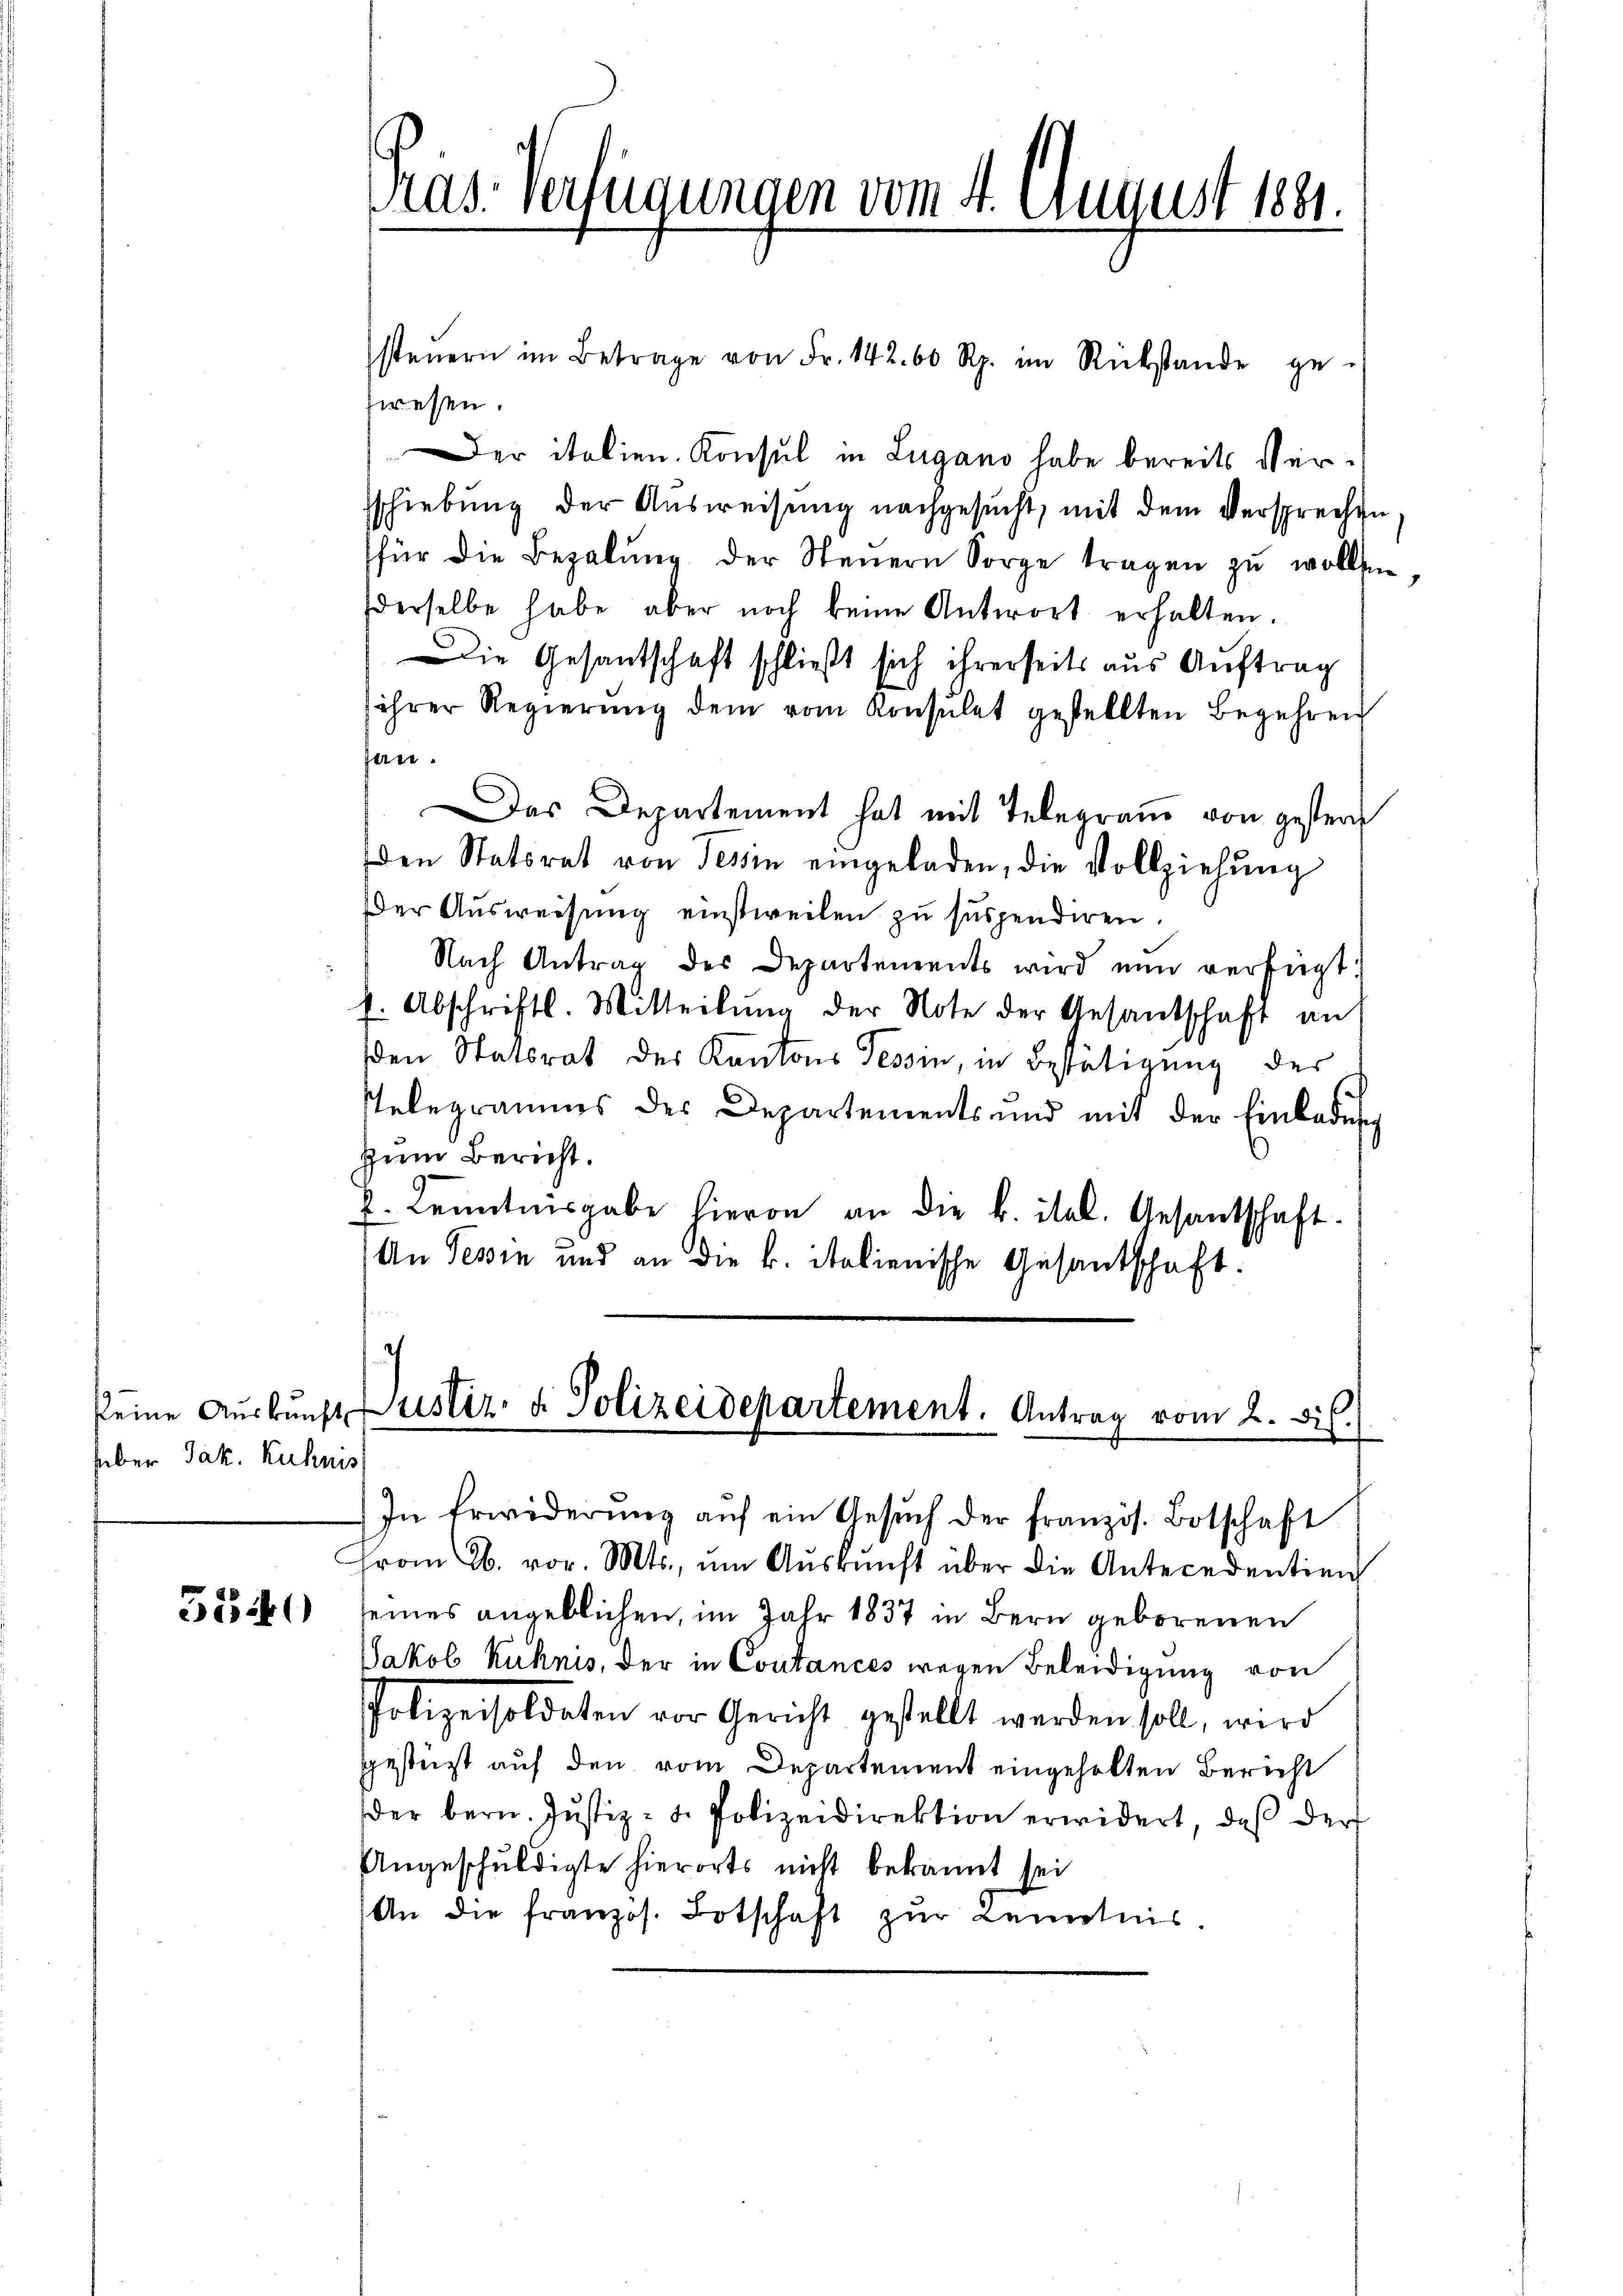
faber Jak. Kuhns

55540

steŭern im Betrage von Fr. 142. 60 Rp. im Rückstande ge-
swesen.
Der italien. Konsul in Lugano habe bereits Verschiebung der Aŭsweisŭng nachgesŭcht, mit dem Versprechen,
für die Bezalŭng der Steŭern Sorge tragen zŭ wollten,
derselbe habe aber noch keine Antwort erhalten.
Die Gesantschaft schließt sich ihrerseits aus Auftrag
ihrer Regierŭng dem vom Konsŭlet gestellten Begehren
han.
Das Departement hat mit Telegraue von gestern
den Statsrat von Tessin eingeladen, die Vollziehung
Der Ausweisung einstweilen zu suspendiren.
Nach Antrag des Departements wird nun verfügt:
f. Abschrift. Mitteilŭng der Note der Gesandschaft an
den Statsrat der Kantons Tessin, in Bestätigung der
sTelegramms der Departements und mit der Einladung
Zum Bericht.
4. Kenntnisgabe hievon an die k. ital. Gesantschaft.
An Tessin und an die k. italienische Gesantschaft.

ras. Verfügungen vom 4. August 1881.

keine Aŭsbŭrgt Zustiz- u. Polizeidepartement. Antrag vom 2. dis.
In Erwiderŭng aŭf ein Gesŭch der französ. Botschaft

Frau Ab. vor. Mts., ŭm Aŭskŭnft über die Antecedentien
seines angeblichen, im Jahr 1837 in Bern geborenen
Jakob Kühnis, der in Coutances wegen Beleidigung von
Polizeisoldaten vor Gericht gestellt werden soll, wird
gestürt auf den vom Departement eingeholten Bericht
der bern. Justiz- u. Polizeidirektion erwidert, daβ der
Angeschuldigte hierorts nicht bekannt sei
An die franzos. Botschaft zŭr Kenntnis